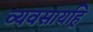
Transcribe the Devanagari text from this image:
व्यवसायहि